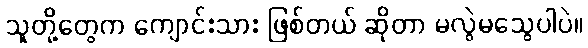
သူတို့တွေက ကျောင်းသား ဖြစ်တယ် ဆိုတာ မလွဲမသွေပါပဲ။